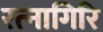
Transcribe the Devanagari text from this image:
रत्‍नागिरि